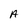
Character: A